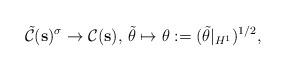
LaTeX: \begin{align*}\tilde{\mathcal{C}}(\mathbf{s})^\sigma \rightarrow {\mathcal{C}}(\mathbf{s}),\,\tilde{\theta}\mapsto \theta:=(\tilde{\theta}|_{H^1})^{1/2}, \end{align*}